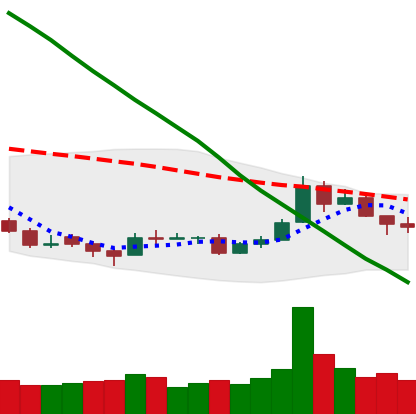
Ticker: TRX-USD
Chart end date: 2018-09-26
Forward return: 4.87%
Label: up_3_5